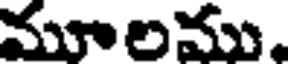
మూలము.